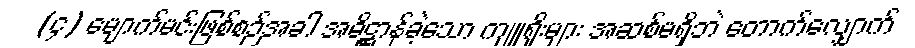
(၄) မျောက်မင်းဖြစ်စဉ်အခါ အဓိဋ္ဌာန်ခဲ့သော ကျူရိုးများ အဆစ်မရှိဘဲ တောက်လျှောက်